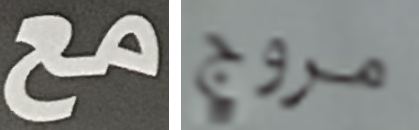
مع مروج